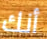
أنك